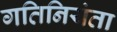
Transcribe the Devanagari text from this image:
गतिनियंता